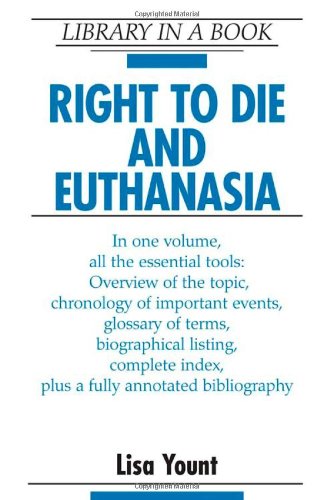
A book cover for Right to Die and Euthanasia (Library in a Book); Lisa Yount; Law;